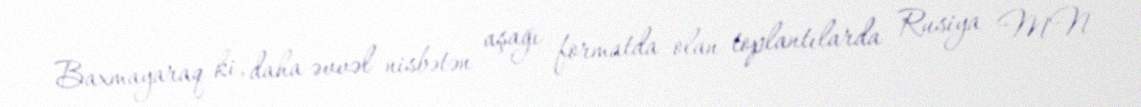
Baxmayaraq ki, daha əvvəl nisbətən aşağı formatda olan toplantılarda Rusiya MN